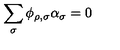
\sum _ { \sigma } \phi _ { \rho , \sigma } \alpha _ { \sigma } = 0